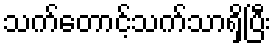
သက်တောင့်သက်သာရှိပြီး